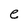
Character: e